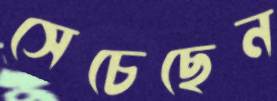
সেচেছেন